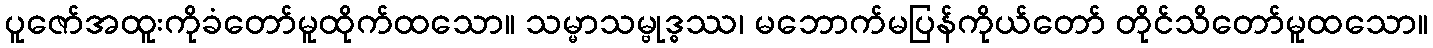
ပူဇော်အထူးကိုခံတော်မူထိုက်ထသော။ သမ္မာသမ္ဗုဒ္ဓဿ၊ မဘောက်မပြန်ကိုယ်တော် တိုင်သိတော်မူထသော။